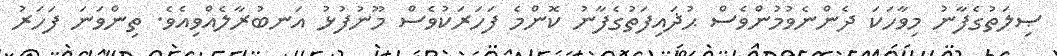
ޞިލަތުގެފާނު މިވާހަކަ ދެންނެވުމުންވެސް ޙުޛައިފަތުގެފާނު ކޮންމެ ފަހަރަކުވެސް މޫނުފުޅު އަނބުރާލެއްވިއެވެ. ތިންވަނަ ފަހަރު